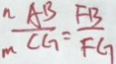
\frac { A B } { C G } = \frac { F B } { F G }